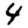
Digit: 4